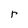
Character: r